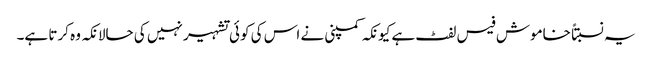
یہ نسبتاً خاموش فیس لفٹ ہے کیونکہ کمپنی نے اس کی کوئی تشہیر نہیں کی حالانکہ وہ کرتا ہے۔